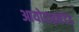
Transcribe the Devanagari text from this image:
आयोडाइनेटेड